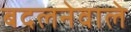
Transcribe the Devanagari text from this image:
बदलनेवाले